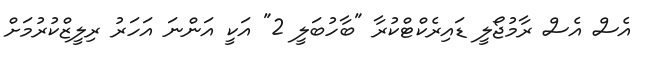
އެސް އެސް ރާމުޖޯލީ ޑައިރެކްޓްކުރާ "ބާހުބަލީ 2" އަކީ އަންނަ އަހަރު ރިލީޒްކުރުމަށް